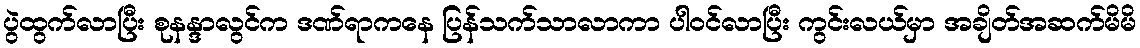
ပွဲထွက်လာပြီး စုနန္ဒာလွင်က ဒဏ်ရာကနေ ပြန်သက်သာလာကာ ပါဝင်လာပြီး ကွင်းလယ်မှာ အချိတ်အဆက်မိမိ